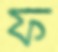
ফ